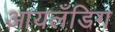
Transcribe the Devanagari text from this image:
आयलँडिग